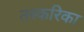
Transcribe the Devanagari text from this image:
तस्करिका